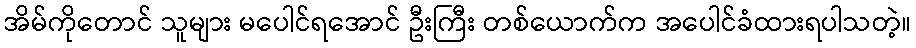
အိမ်ကိုတောင် သူများ မပေါင်ရအောင် ဦးကြီး တစ်ယောက်က အပေါင်ခံထားရပါသတဲ့။